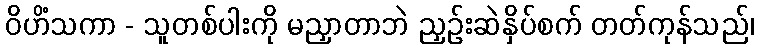
ဝိဟိံသကာ - သူတစ်ပါးကို မညှာတာဘဲ ညှဉ်းဆဲနှိပ်စက် တတ်ကုန်သည်၊